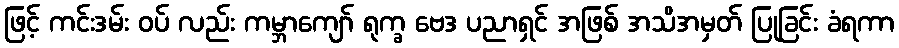
ဖြင့် ကင်းဒမ်း ဝပ် လည်း ကမ္ဘာကျော် ရုက္ခ ဗေဒ ပညာရှင် အဖြစ် အသိအမှတ် ပြုခြင်း ခံရကာ